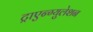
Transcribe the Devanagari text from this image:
ट्राएन्ग्युलेशन